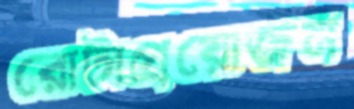
রোটাপ্রয়োজন